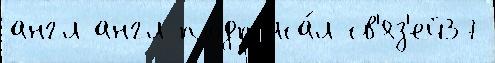
англ англ подп'иса́л св'яз'ей37